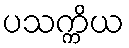
ပသက္ကိယ